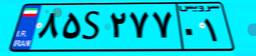
۸۵S۲۷۷۰۱